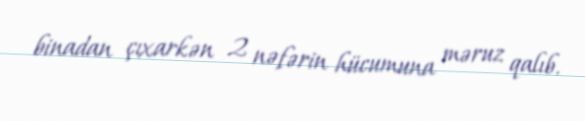
binadan çıxarkən 2 nəfərin hücumuna məruz qalıb.